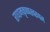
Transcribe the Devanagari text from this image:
राधामकृष्णस्वरूपम